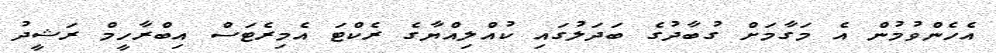
އެހެންވުމުން އެ މަގާމަށް ގުބާދުގެ ބަދަލުގައި ކުއްލިއްޔާގެ ރެކްޓަ އެމިރެޓަސް އިބްރާހީމް ރަޝީދު